Vital statistics of India. Vol. V, Reports of 1876 on armies & jails and on epidemic cholera
Year: 1876
Disease focus: Cholera
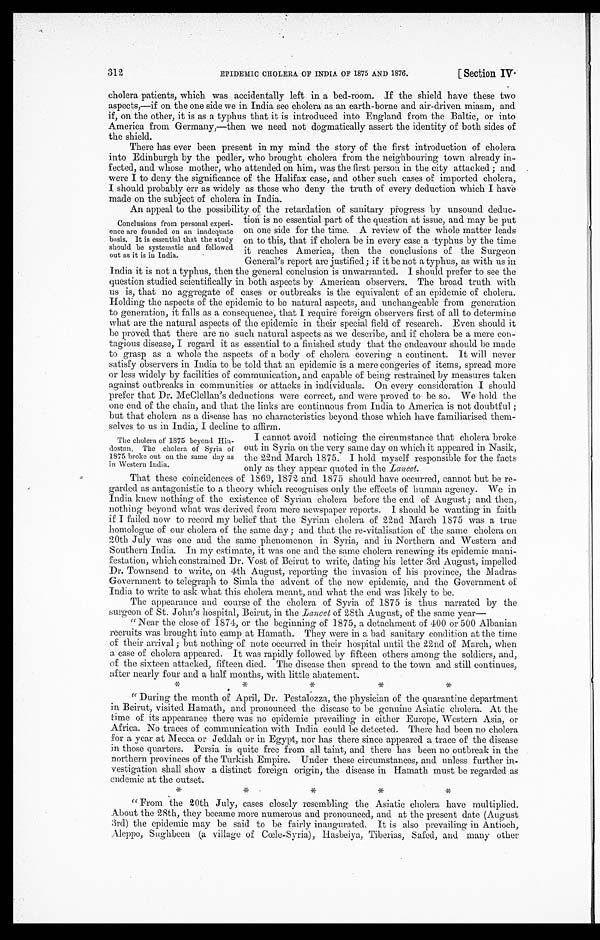
EPIDEMIC CHOLERA OF INDIA OF 1875 AND 1876.
[ Section IV.
312
cholera patients, which was accidentally left in a bed-room. If the shield have these two
aspects,—if on the one side we in India see cholera as an earth-borne and air-driven miasm, and
if, on the other, it is as a typhus that it is introduced into England from the Baltic, or into
America from Germany,—then we need not dogmatically assert the identity of both sides of
the shield.
There has ever been present in my mind the story of the first introduction of cholera
into Edinburgh by the pedler, who brought cholera from the neighbouring town already in
-fected, and whose mother, who attended on him, was the first person in the city attacked; and
were I to deny the significance of the Halifax case, and other such cases of imported cholera,
I should probably err as widely as those who deny the truth of every deduction which I have
made on the subject of cholera in India.
An appeal to the possibility of the retardation of sanitary progress by unsound deduc
-tion is no essential part of the question at issue, and may be put
on one side for the time. A review of the whole matter leads
on to this, that if cholera be in every case a typhus by the time
it reaches America, then the conclusions of the Surgeon
General's report are justified; if it be not a typhus, as with us in
India it is not a typhus, then the general conclusion is unwarranted. I should prefer to see the
question studied scientifically in both aspects by American observers. The broad truth with
us is, that no aggregate of cases or outbreaks is the equivalent of an epidemic of cholera.
Holding the aspects of the epidemic to be natural aspects, and unchangeable from generation
to generation, it falls as a consequence, that I require foreign observers first of all to determine
what are the natural aspects of the epidemic in their special field of research. Even should it
be proved that there are no such natural aspects as we describe, and if cholera be a mere con
- t a g i o u s
d i s e a s e , I r e g a r d i t a s e s s e n t i a l t o a f i n i s h e d s t u d y t h a t t h e e n d e a v o u r s h o u l d b e m a d e
to grasp as a whole the aspects of a body of cholera covering a continent. It will never
satisfy observers in India to be told that an epidemic is a mere congeries of items, spread more
or less widely by facilities of communication, and capable of being restrained by measures taken
against outbreaks in communities or attacks in individuals. On every consideration I should
prefer that Dr. McClellan's deductions were correct, and were proved to be so. We hold the
one end of the chain, and that the links are continuous from India to America is not doubtful;
but that cholera as a disease has no characteristics beyond those which have familiarised them
- s e l v e s t o u s i n I n d i a , I d e c l i n e t o a f f i r m .
I cannot avoid noticing the circumstance that cholera broke
out in Syria on the very same day on which it appeared in Nasik,
the 22nd March 1875. I hold myself responsible for the facts
only as they appear quoted in the Lancet.
That these coincidences of 1869, 1872 and 1875 should have occurred, cannot but be re
-garded as antagonistic to a theory which recognises only the effects of human agency. We in
India knew nothing of the existence of Syrian cholera before the end of August; and then,
nothing beyond what was derived from mere newspaper reports. I should be wanting in faith
if I failed now to record my belief that the Syrian cholera of 22nd March 1875 was a true
homologue of our cholera of the same day; and that the re-vitalisation of the same cholera on
20th July was one and the same phenomenon in Syria, and in Northern and Western and
Southern India. In my estimate, it was one and the same cholera renewing its epidemic mani
-festation, which constrained Dr. Vost of Beirut to write, dating his letter 3rd August, impelled
Dr. Townsend to write, on 4th August, reporting the invasion of his province, the Madras
Government to telegraph to Simla the advent of the new epidemic, and the Government of
India to write to ask what this cholera meant, and what the end was likely to be.
The appearance and course of the cholera of Syria of 1875 is thus narrated by the
surgeon of St. John's hospital, Beirut, in the Lancet of 28th August, of the same year
—
"Near the close of 1874, or the beginning of 1875, a detachment of 400 or 500 Albanian
recruits was brought into camp at Hamath. They were in a bad sanitary condition at the time
of their arrival; but nothing of note occurred in their hospital until the 22nd of March, when
a case of cholera appeared. It was rapidly followed by fifteen others among the soldiers, and,
of the sixteen attacked, fifteen died. The disease then spread to the town and still continues,
after nearly four and a half months, with little abatement.
* * * * *
"During the month of April, Dr. Pestalozza, the physician of the quarantine department
in Beirut, visited Hamath, and pronounced the disease to be genuine Asiatic cholera. At the
time of its appearance there was no epidemic prevailing in either Europe, Western Asia, or
Africa. No traces of communication with India could be detected. There had been no cholera
for a year at Mecca or Jeddah or in Egypt, nor has there since appeared a trace of the disease
in those quarters. Persia is quite free from all taint, and there has been no outbreak in the
northern provinces of the Turkish Empire. Under these circumstances, and unless further in
- v e s t i g a t i o n s h a l l s h o w a d i s t i n c t f o r e i g n o r i g i n , t h e d i s e a s e i n H a m a t h m u s t b e r e g a r d e d a s
endemic at the outset.
* * * * *
" From the 20th July, cases closely resembling the Asiatic cholera have multiplied.
About the 28th, they became more numerous and pronounced, and at the present date (August
3rd) the epidemic may be said to be fairly inaugurated. It is also prevailing in Antioch,
Aleppo, Sughbeen (a village of Cœle-Syria), Hasbeiya, Tiberias, Safed, and many other
Conclusions from personal experi
-ence are founded on an inadequate
basis. It is essential that the study
should be systematic and followed
out as it is in India.
The cholera of 1875 beyond Hin
-dostan. The cholera of Syria of
1875 broke out on the same day as
in Western India.